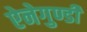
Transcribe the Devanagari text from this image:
ऐनेगुण्डी